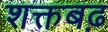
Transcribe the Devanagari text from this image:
शक्तबढ़